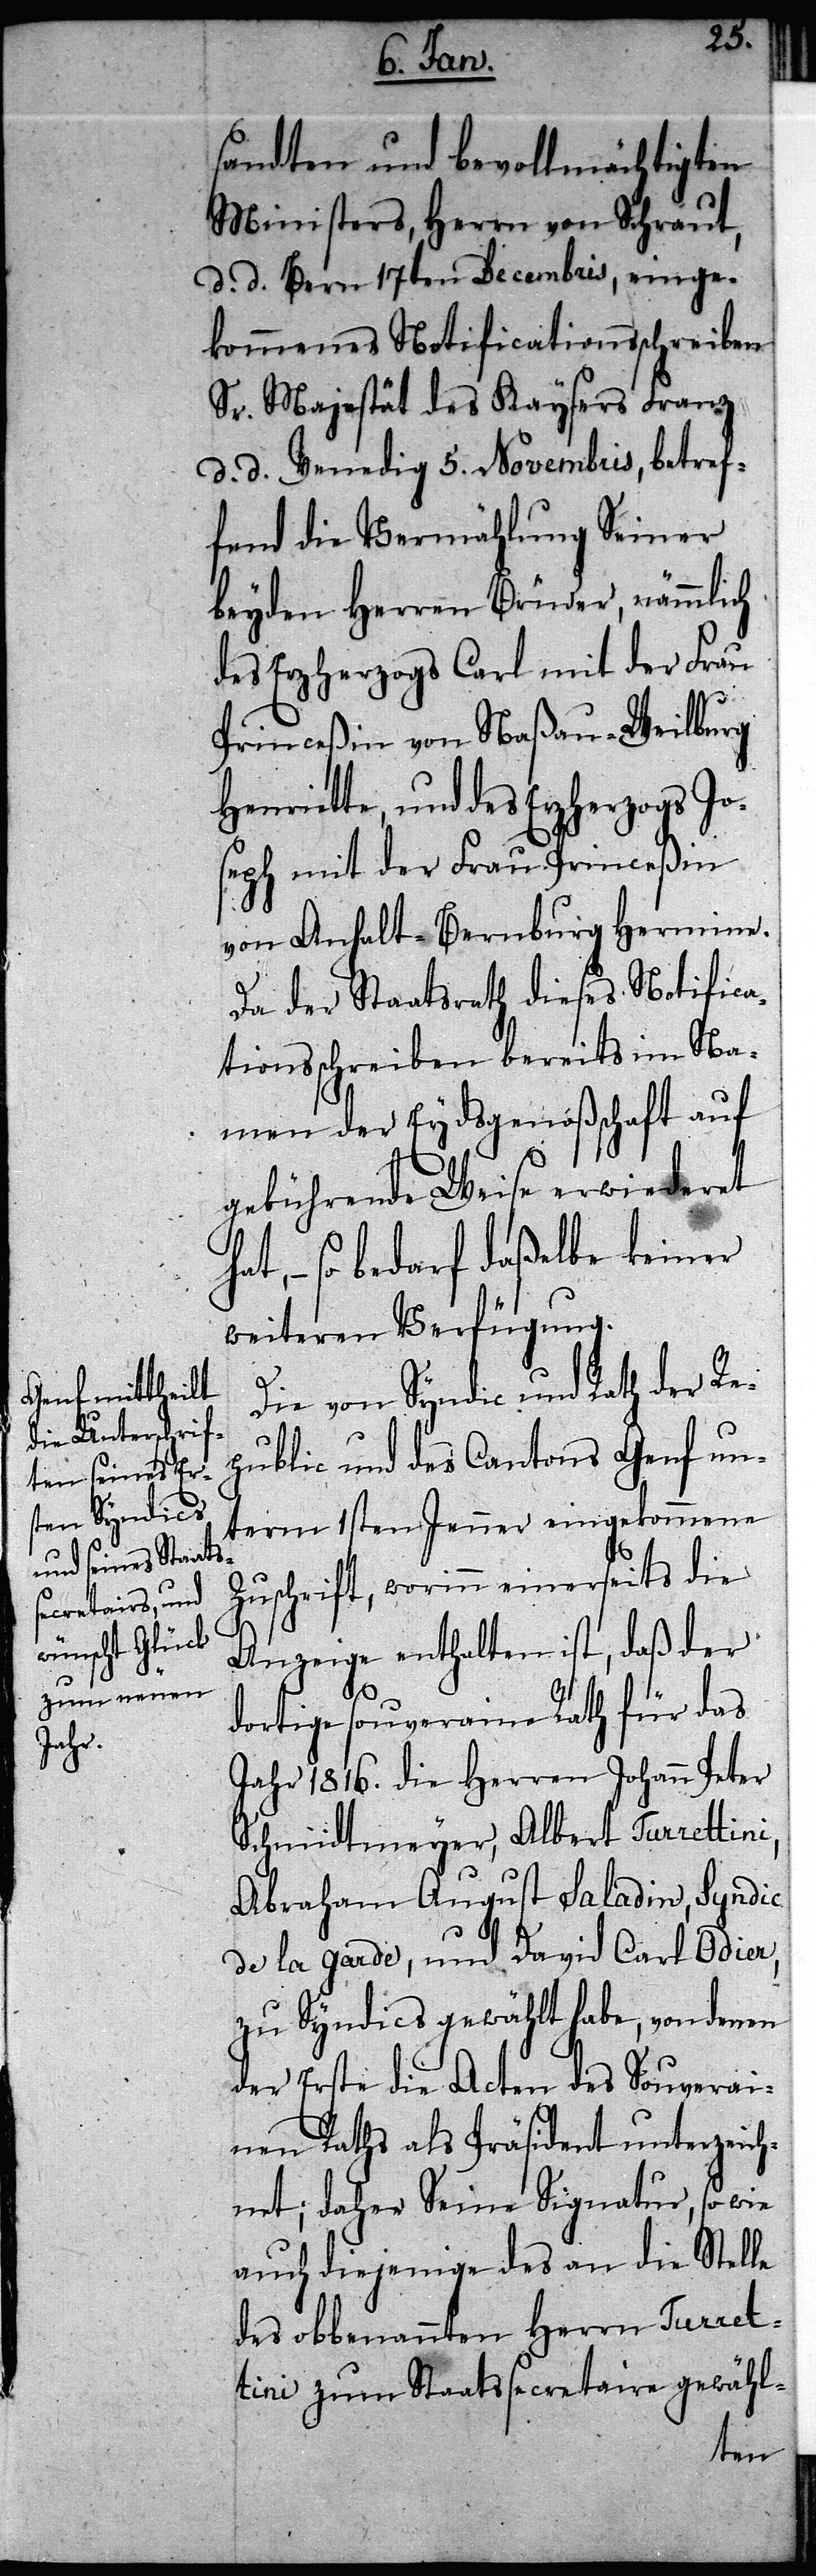
sandten und bevollmächtigten
Ministers, Herrn von Schraut,
d. d. Bern 17ten Decembris, einge¬
kommenes Notificationsschreiben
Sr. Majestät des Kaysers Franz
d. d. Venedig 5. Novembris, betref¬
fend die Vermählung Seiner
beyden Herren Brüder, nämmlich
des Erzherzogs Carl mit der Frau
Princeßin von Naßau-Weilburg
Henriette, und des Erzherzogs Jo¬
seph mit der Frau Princeßin
von Anhalt-Bernburg Hermine.
Da der Staatsrath dieses Notifica¬
tionsschreiben bereits im Na¬
men der Eydsgenoßschaft auf
gebührende Weise erwiederet
– so bedarf daßelbe keiner
weiteren Verfügung.
Die von Syndic und Rath der Re¬
public und des Cantons Genf un¬
term 1sten Jenner eingekommene
Zuschrift, worinn einerseits die
Anzeige enthalten ist, daß der
dortige souveraine Rath für das
Jahr 1816. die Herren Johann Peter
Schmidtmeyer, Albert Turrettini,
Abraham August Saladin, Syndic
de la garde, und David Carl Odier,
zu Syndics gewählt habe, von denen
der Erste die Acten des Souverai¬
nen Raths als Präsident unterzeich¬
net; daher Seine Signatur, so wie
auch diejenige des an die Stelle
des obbenannten Herrn Turret¬
tini zum Staatssecretaire gewähl-